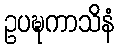
ဥပဍ္ဎကာသိနံ